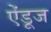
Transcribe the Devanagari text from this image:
ऐंडूज